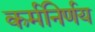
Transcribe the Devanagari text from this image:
कर्मनिर्णय